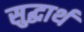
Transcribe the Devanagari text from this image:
सुद्धार्थ